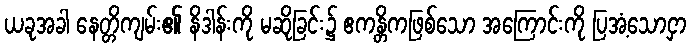
ယခုအခါ နေတ္တိကျမ်း၏ နိဒါန်းကို မဆိုခြင်း၌ ဧကန္တိကဖြစ်သော အကြောင်းကို ပြအံ့သောငှာ